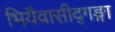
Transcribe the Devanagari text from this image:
भियैवासीद्गङ्गा